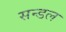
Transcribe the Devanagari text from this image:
सन्डल